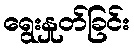
ရွေးနှုတ်ခြင်း